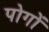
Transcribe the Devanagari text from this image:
पोगों